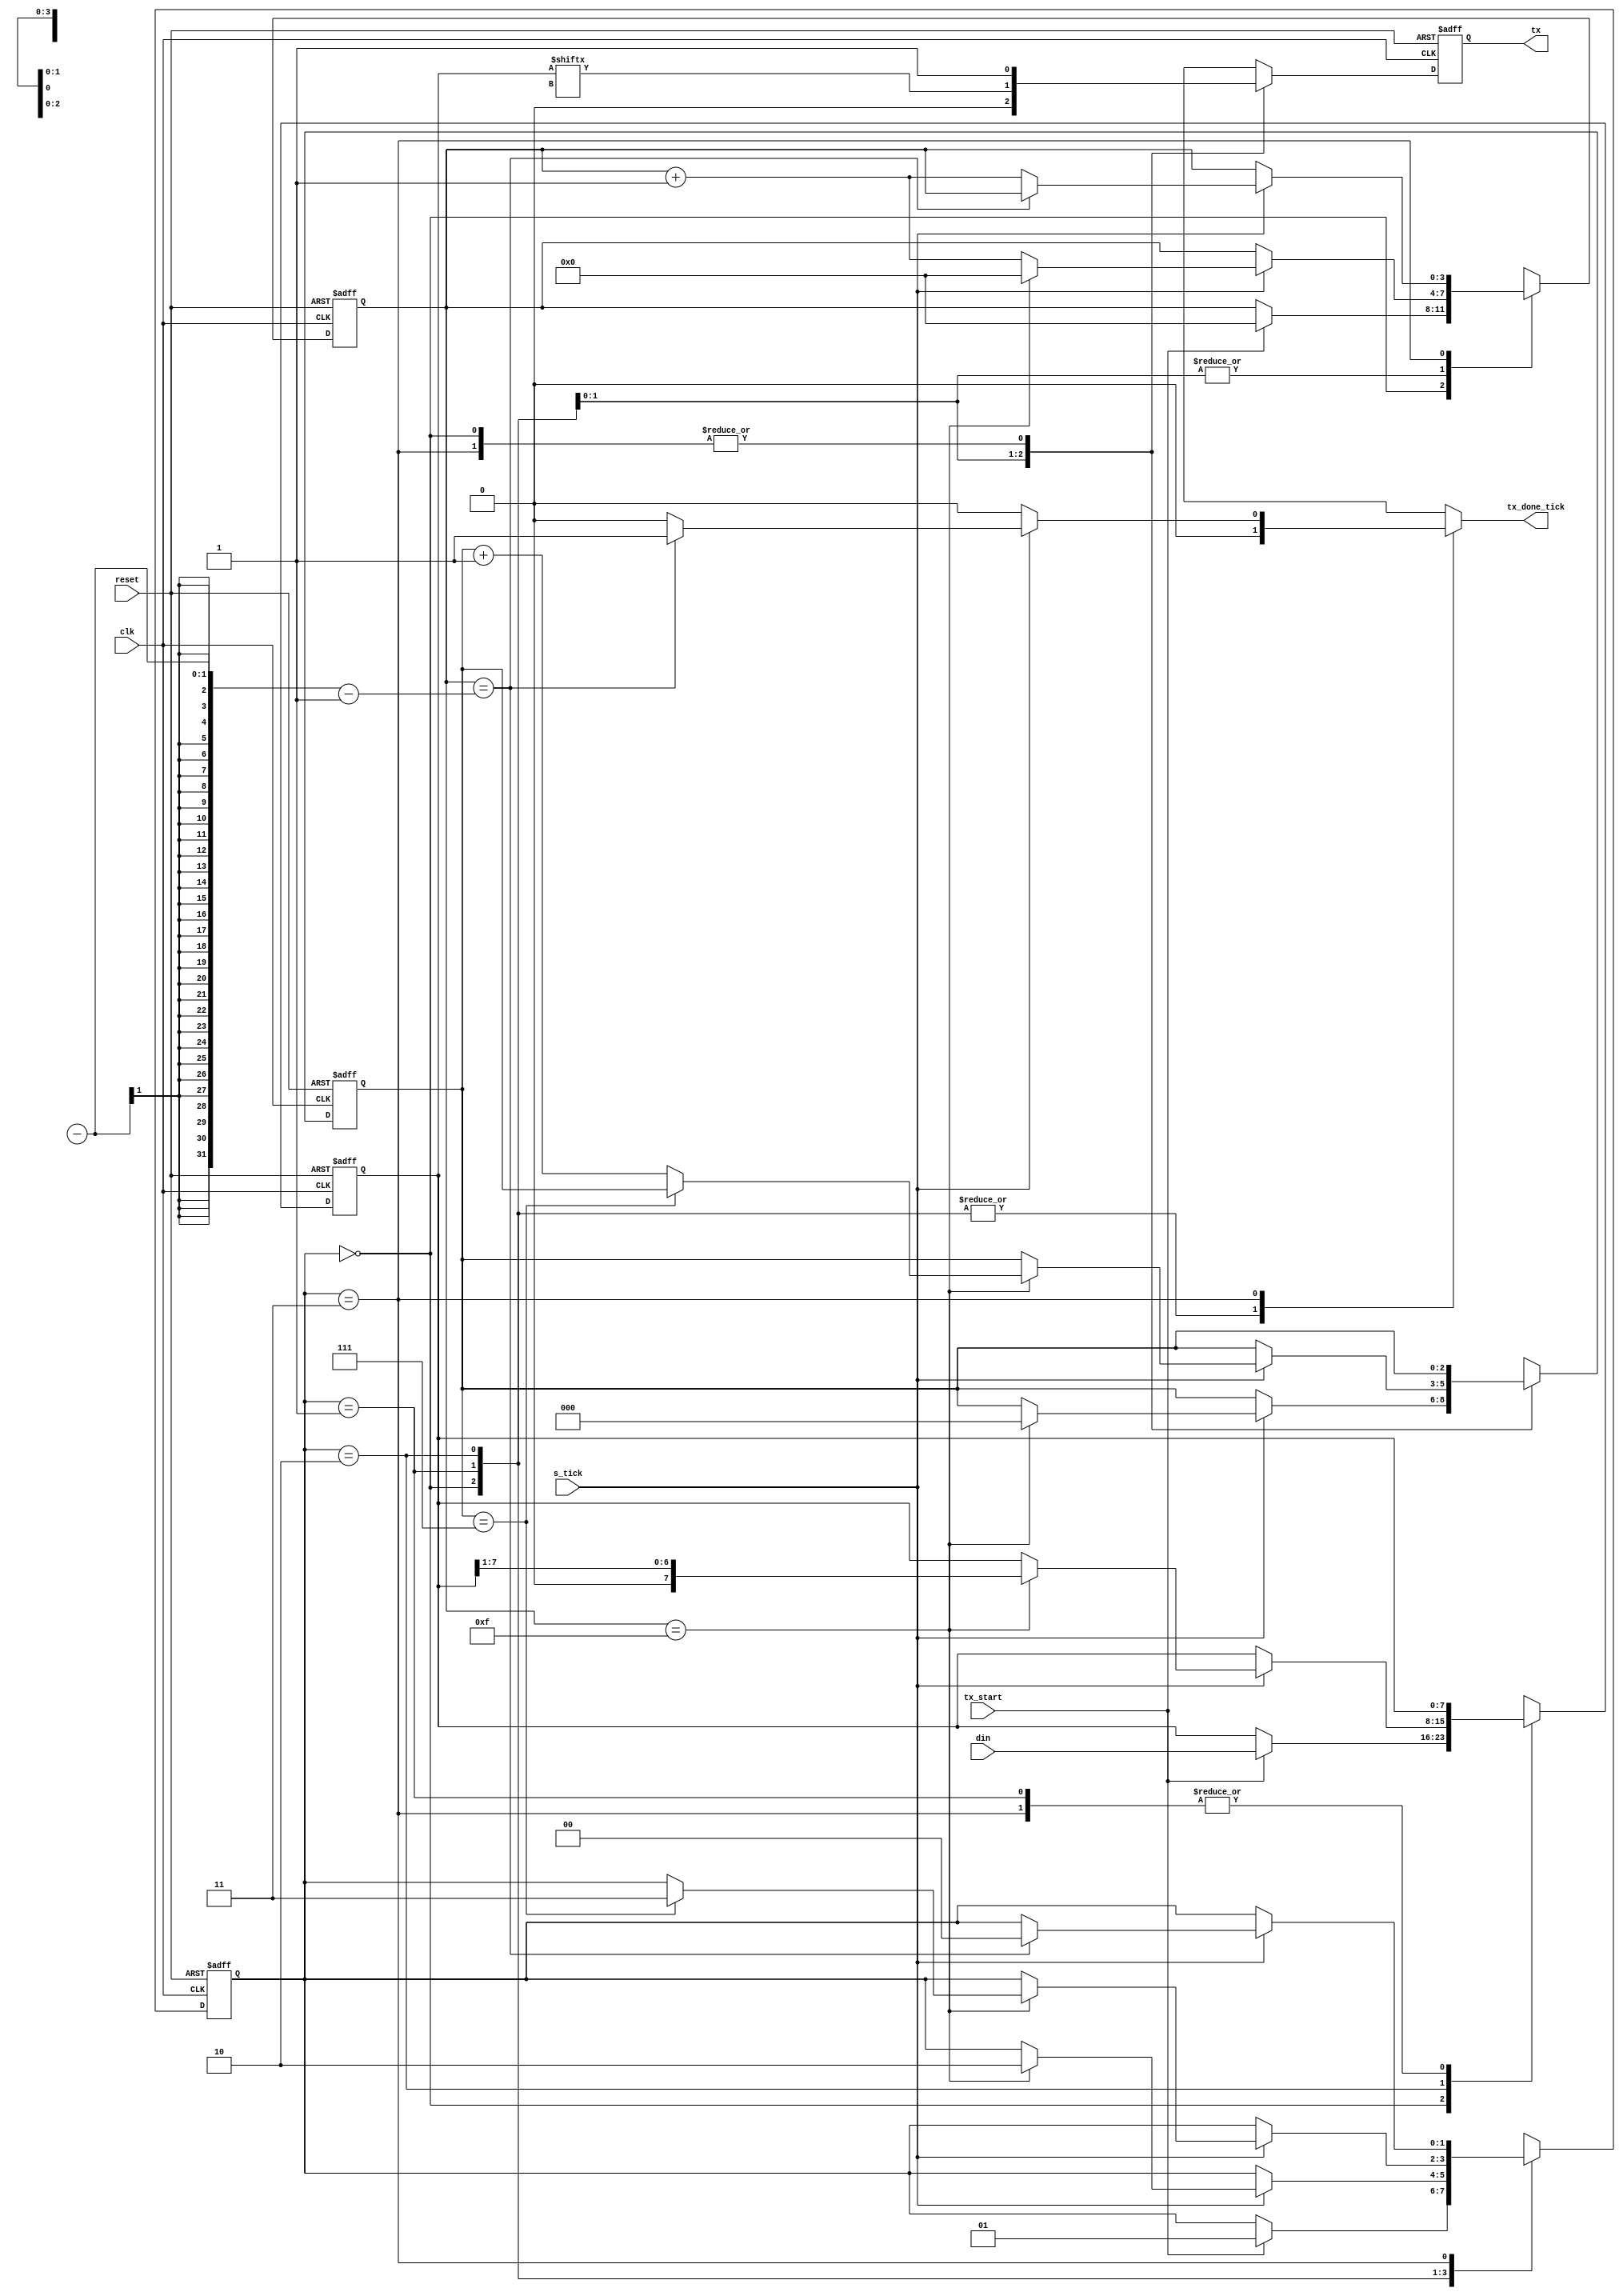
module uart_tx 

#( 

parameter DBIT = 8, // # data bits 

SB_TICK = 16 // # ticks for   stop bits 

) 

( 

input wire clk, reset, 

input wire tx_start, s_tick, 

input wire [7:0] din, 

output reg tx_done_tick, 

output wire tx 

); 

// synlbolic state declaration 

localparam [1:0] 

idle = 2'b00, 

start = 2'b01, 

data = 2'b10, 

stop = 2'b11; 

// signal declaration 

reg [1: 0] state_reg, state_next;

reg [3:0] s_reg, s_next; 

reg [2:0] n_reg, n_next; 

reg [7:0] b_reg, b_next; 

reg tx_reg, tx_next; 

// body 

// FSMD state & data registers 

always @(posedge clk, posedge reset) 

if (reset) 

begin 

state_reg <= idle; 

s_reg <= 0; 

n_reg <= 0; 

b_reg <= 0; 

tx_reg <= 1'b1; 

end 

else 

begin 

state_reg <= state_next; 

s_reg <= s_next;

n_reg <= n_next; 

b_reg <= b_next; 

tx_reg <= tx_next; 

end 

// FSMD next-state logic & functional units 

always @* 

begin 

state_next = state_reg; 

tx_done_tick = 1'b0; 

s_next = s_reg; 

n_next = n_reg; 

b_next = b_reg; 

tx_next = tx_reg; 

case(state_reg) 

idle: 

begin 

tx_next = 1'b1; 

if(tx_start) 

begin 

state_next = start; 

s_next = 0; 

b_next = din; 

end 

end 

start: 

begin 

tx_next=1'b0; 

if(s_tick) 

if(s_reg==15) 

begin 

state_next = data; 

s_next = 0; 

n_next = 0; 

end 

else 

s_next = s_reg+1;

end 

data: 

begin 

tx_next = b_reg[O]; 

if(s_tick) 

if(s_reg==15) 

begin 

s_next = 0; 

b_next = b_reg >> 1; 

if (n_reg==(DBIT-1)) 

state_next = stop; 

else 

n_next = n_reg + 1; 

end 

else 

s_next = s_reg + 1;

end 

stop: 

begin 

tx_next = 1'b1; 

if(s_tick) 

if(s_reg==(SB-TICK -1)) 

begin 

state_next = idle; 

tx_done_tick = 1'b1; 

end 

else 

s_next = s_reg + 1; 

end 

endcase 

end 

// output 

assign tx = tx_reg; 

endmodule